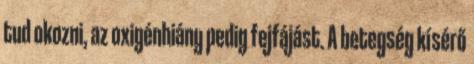
tud okozni, az oxigénhiány pedig fejfájást. A betegség kísérő